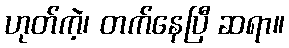
ဟုတ်ကဲ့၊ တက်နေပြီ ဆရာ။